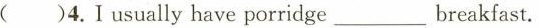
()4.Iusually have porridge___breakfast.